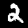
Label: 2